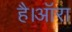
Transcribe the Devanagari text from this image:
है।ऑरा